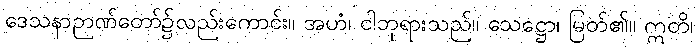
ဒေသနာဉာဏ်တော်၌လည်းကောင်း။ အဟံ၊ ငါဘုရားသည်။ သေဋ္ဌော၊ မြတ်၏။ ဣတိ၊